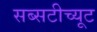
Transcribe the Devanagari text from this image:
सब्सटीच्यूट